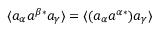
\langle a _ { \alpha } a ^ { \beta * } a _ { \gamma } \rangle = \langle ( a _ { \alpha } a ^ { \alpha * } ) a _ { \gamma } \rangle